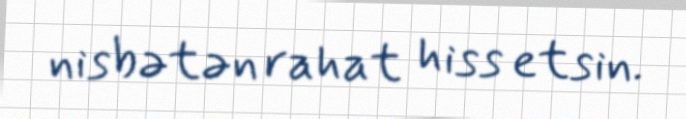
nisbətən rahat hiss etsin.